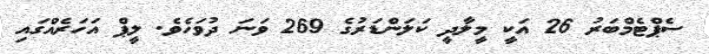
ސެޕްޓެމްބަރު 26 އަކީ މީލާދީ ކަލަންޑަރުގެ 269 ވަނަ ދުވަހެވެ. ލީޕް އަހަރެއްގައި